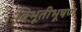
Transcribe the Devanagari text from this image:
विभूतीभूषण